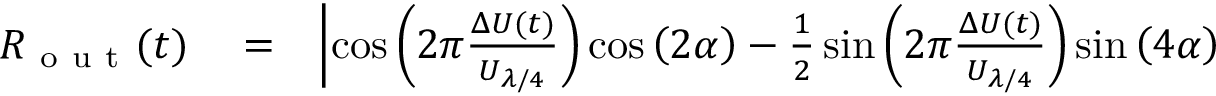
\begin{array} { r l r } { R _ { \mathrm { ~ o ~ u ~ t ~ } } ( t ) } & { { } = } & { \left| \cos \left( 2 \pi \frac { \Delta U ( t ) } { U _ { \lambda / 4 } } \right) \cos \left( 2 \alpha \right) - \frac { 1 } { 2 } \sin \left( 2 \pi \frac { \Delta U ( t ) } { U _ { \lambda / 4 } } \right) \sin \left( 4 \alpha \right) \right. } \end{array}